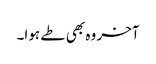
آخر وہ بھی طے ہوا۔